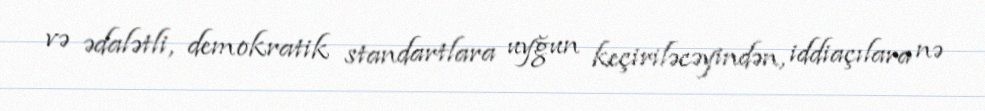
və ədalətli, demokratik standartlara uyğun keçiriləcəyindən, iddiaçılara nə